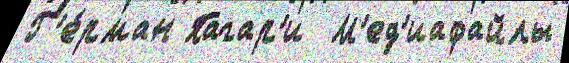
Г'е́рман Пагар'и  М'ед'иафайлы